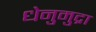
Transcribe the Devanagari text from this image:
धेनुमुद्रा